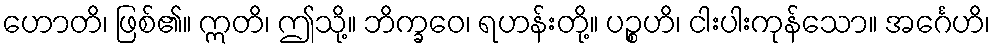
ဟောတိ၊ ဖြစ်၏။ ဣတိ၊ ဤသို့။ ဘိက္ခဝေ၊ ရဟန်းတို့။ ပဉ္စဟိ၊ ငါးပါးကုန်သော။ အင်္ဂေဟိ၊